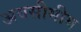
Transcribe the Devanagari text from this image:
अवसीमीय